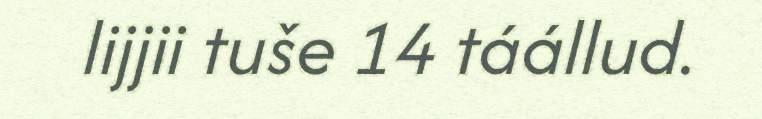
lijjii tuše 14 táállud.